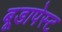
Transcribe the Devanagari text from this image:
बूडापेस्ट